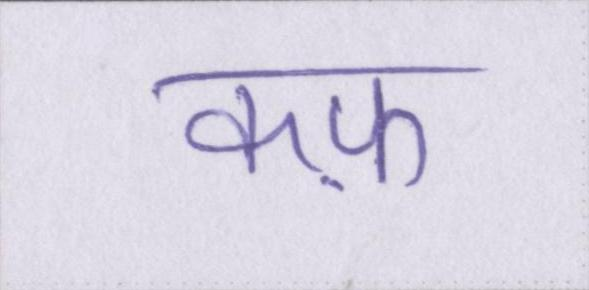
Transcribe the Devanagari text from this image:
कफ़